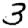
Digit: 3